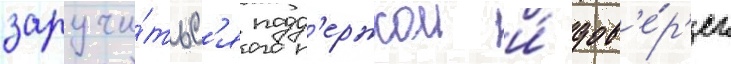
заручи́тьс'я подд'ержкои и́ дов'е́р'ием